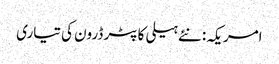
امریکہ: نئے ہیلی کاپٹر ڈرون کی تیاری